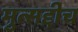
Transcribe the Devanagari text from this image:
मुत्सद्दीच